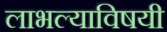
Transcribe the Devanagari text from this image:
लाभल्याविषयी